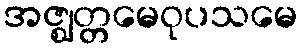
အဇ္ဈတ္တမေဝုပသမေ